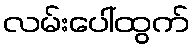
လမ်းပေါ်ထွက်